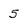
Character: 5